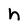
Character: h